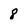
Character: 8